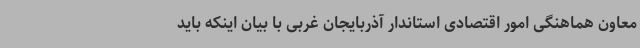
معاون هماهنگی امور اقتصادی استاندار آذربایجان غربی با بیان اینکه باید